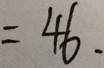
= 4 6 .